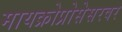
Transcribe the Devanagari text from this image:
मायक्रोप्रोसेसरवर